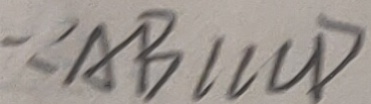
\because A B / / C D